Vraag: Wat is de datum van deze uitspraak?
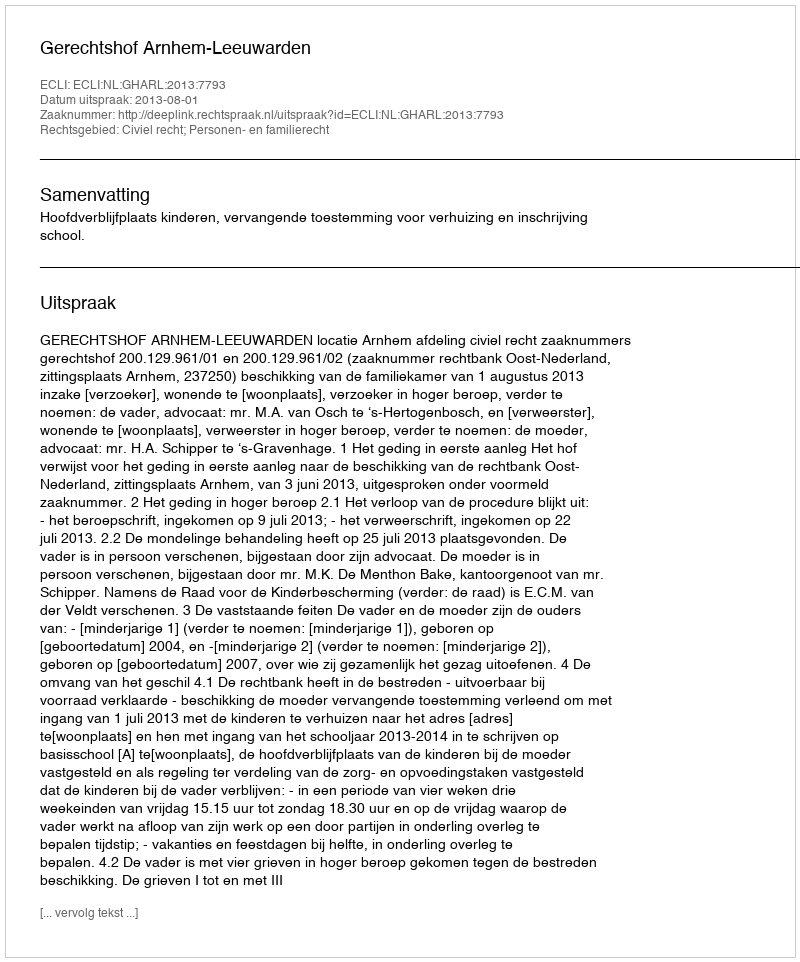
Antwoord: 2013-08-01